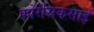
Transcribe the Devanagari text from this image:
फोरेंसिकसाई